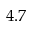
4 . 7